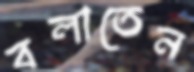
বলাতেন